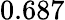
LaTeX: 0.687